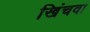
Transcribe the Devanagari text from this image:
खिंचवा